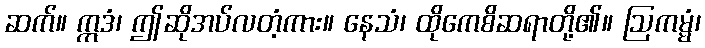
ဆက်။ ဣဒံ၊ ဤဆိုအပ်လတံ့ကား။ နေသံ၊ ထိုကေစိဆရာတို့၏။ ဩကမ္မံ၊